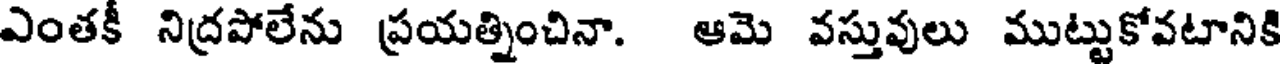
ఎంతకీ నిద్రపోలేను ప్రయత్నించినా. ఆమె వస్తువులు ముట్టుకోవటానికి